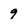
Character: 9